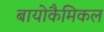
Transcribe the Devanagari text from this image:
बायोकैमिकल